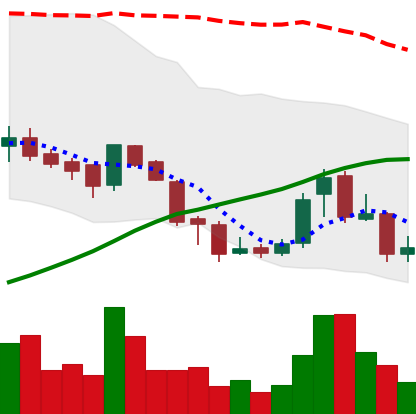
Ticker: BNB-USD
Chart end date: 2018-07-21
Forward return: 9.946%
Label: up_7plus